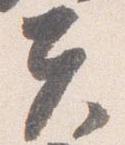
夫